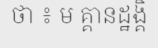
ថា ៖ ម គ្គានដ្ឋង្គិ